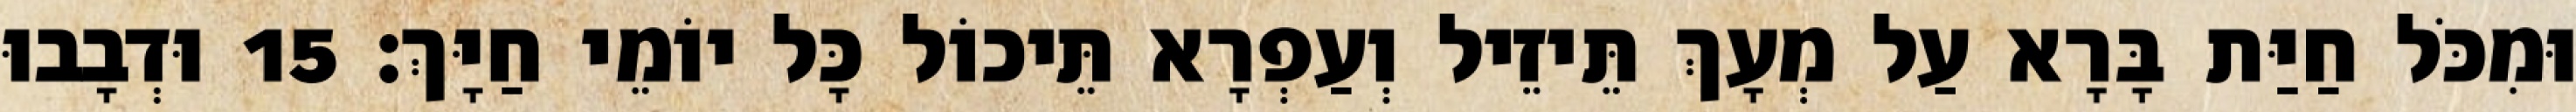
וּמִכֹּל חַיַּת בָּרָא עַל מְעָךְ תֵּיזֵיל וְעַפְרָא תֵּיכוֹל כָּל יוֹמֵי חַיָּךְ׃ 15 וּדְבָבוּ